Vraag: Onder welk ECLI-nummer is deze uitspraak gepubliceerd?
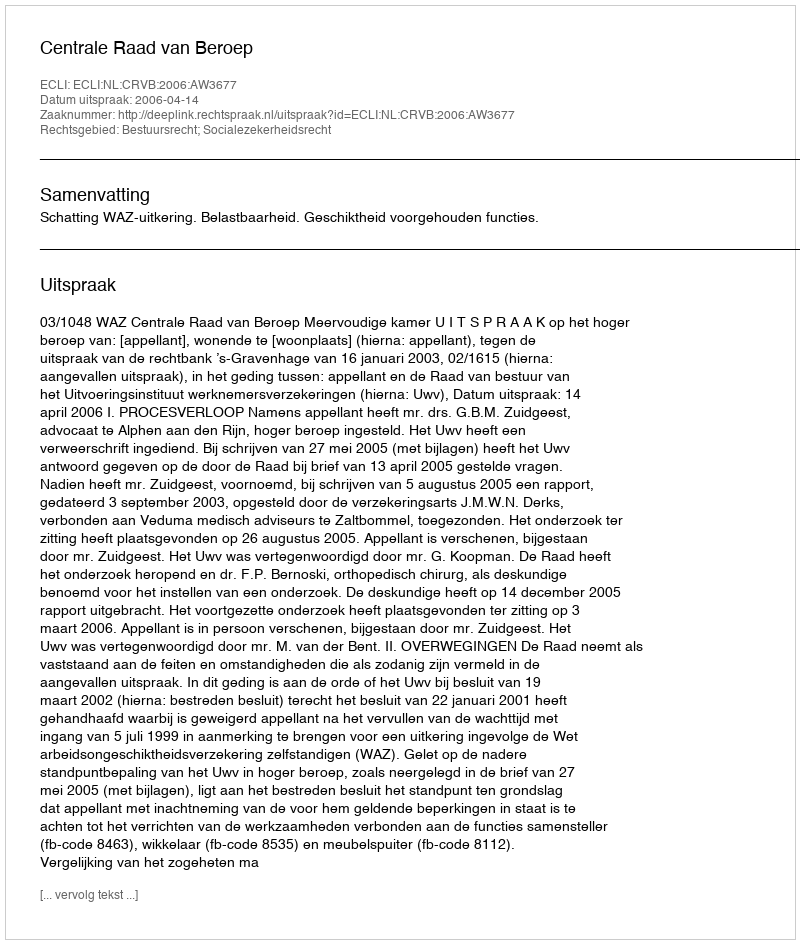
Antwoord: ECLI:NL:CRVB:2006:AW3677